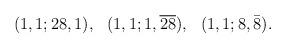
LaTeX: \begin{align*}\begin{array}{rrr}(1,1;28,1),& (1,1;1,\overline{28}),& (1,1;8,\bar{8}).\end{array}\end{align*}